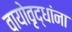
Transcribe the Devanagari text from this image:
वायोवृद्धांना